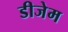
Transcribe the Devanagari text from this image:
डीजेम